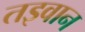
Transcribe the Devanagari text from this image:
तइवान